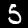
Digit: 5